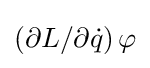
\left(\partial L/\partial {\dot {q}}\right)\varphi